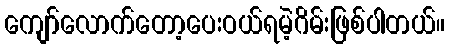
ကျော်လောက်တော့ပေးဝယ်ရမဲ့ဂိမ်းဖြစ်ပါတယ်။